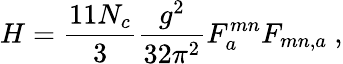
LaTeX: H=\frac{11N_{c}}{3}\frac{g^{2}}{32\pi^{2}}F_{a}^{mn}F_{mn,a}\ ,